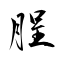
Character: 脭